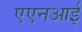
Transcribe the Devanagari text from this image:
एएनआई